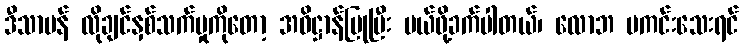
ဒီသာမန် လိုချင်နှစ်သက်မှုကိုတော့ အဓိဋ္ဌာန်ပြုပြီး ပယ်ဖို့ခက်ပါတယ်၊ လောဘ မကင်းသေးရင်